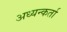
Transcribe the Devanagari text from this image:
अध्यन्कर्ता